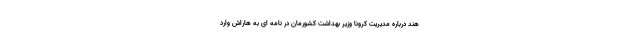
هند درباره مدیریت کرونا وزیر بهداشت کشورمان در نامه ای به هاراش وارد